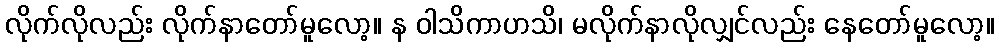
လိုက်လိုလည်း လိုက်နာတော်မူလော့။ န ဝါသိကာဟသိ၊ မလိုက်နာလိုလျှင်လည်း နေတော်မူလော့။